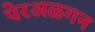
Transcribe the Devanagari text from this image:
पेरअळगन